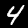
Label: 4